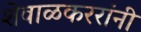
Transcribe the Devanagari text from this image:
शेवाळकररांनी